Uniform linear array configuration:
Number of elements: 24
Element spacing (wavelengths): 0.25
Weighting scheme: hamming
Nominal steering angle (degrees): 60
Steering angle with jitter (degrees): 59.686
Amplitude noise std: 0.05
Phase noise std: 0.05

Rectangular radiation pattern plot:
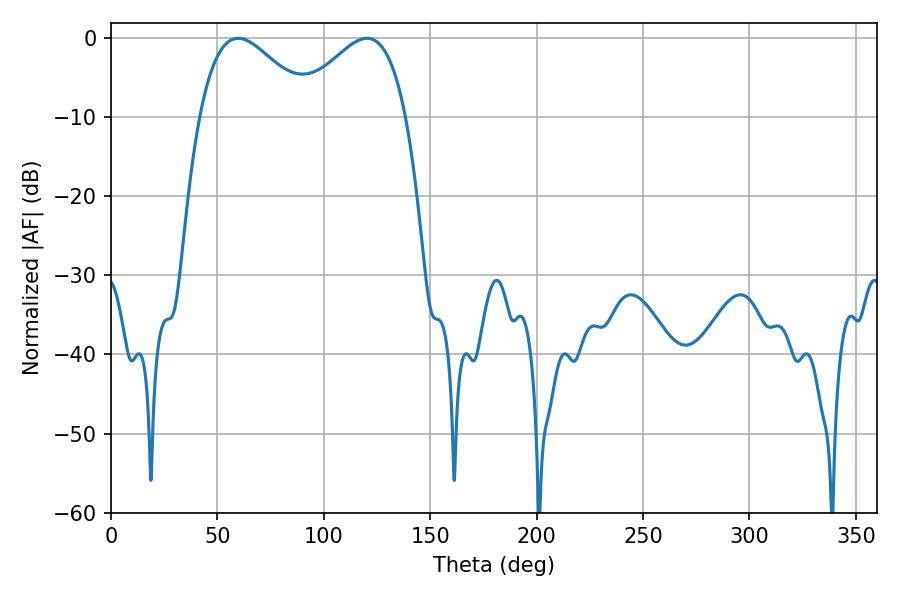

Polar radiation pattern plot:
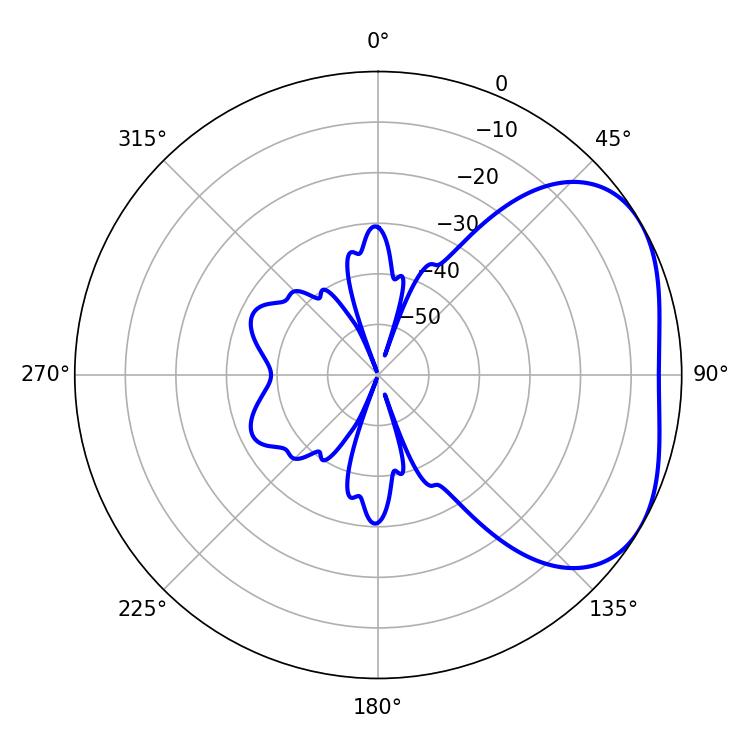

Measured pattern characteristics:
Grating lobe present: FALSE
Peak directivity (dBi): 3.349
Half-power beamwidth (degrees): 28.44
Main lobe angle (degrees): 59.76